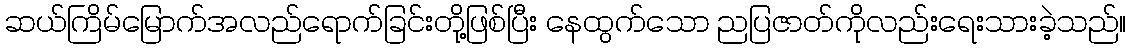
ဆယ်ကြိမ်မြောက်အလည်ရောက်ခြင်းတို့ဖြစ်ပြီး နေထွက်သော ညပြဇာတ်ကိုလည်းရေးသားခဲ့သည်။